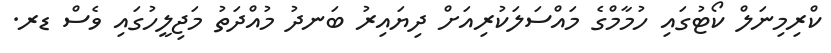
ކްރިމިނަލް ކޯޓުގައި ހުމާމްގެ މައްސަލަކުރިއަށް ދިޔައިރު ބަނދު މުއްދަތު މަޖިލީހުގައި ވެސް ޑރ.